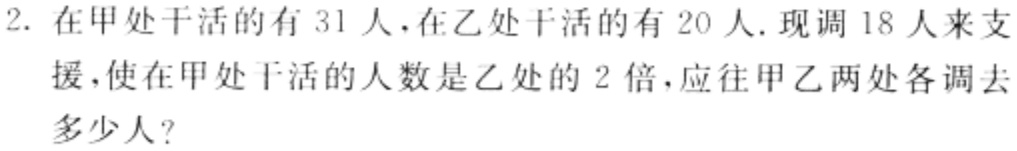
2. 在甲处干活的有 31 人，在乙处干活的有 20 人. 现调 18 人来支援，使在甲处干活的人数是乙处的 2 倍，应往甲乙两处各调去多少人？